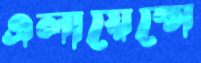
এলায়েন্সে